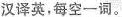
汉译英,每空一词。